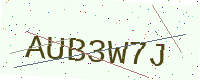
Text: AUB3W7J